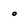
Character: o